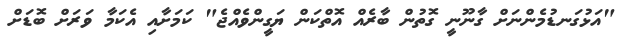
"އަޅުގަނޑުމެންނަށް ގާނޫނީ ގޮތުން ބާރެއް އޮތްކަން ޔަގީންވެއްޖެ" ކަމަށާއި އެކަމާ ވަރަށް ބޮޑަށް